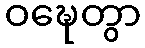
ဝဍ္ဎေတွာ